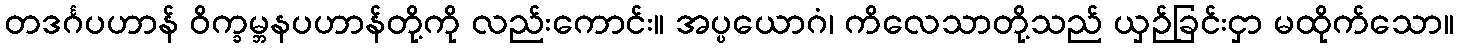
တဒင်္ဂပဟာန် ဝိက္ခမ္ဘနပဟာန်တို့ကို လည်းကောင်း။ အပ္ပယောဂံ၊ ကိလေသာတို့သည် ယှဉ်ခြင်းငှာ မထိုက်သော။